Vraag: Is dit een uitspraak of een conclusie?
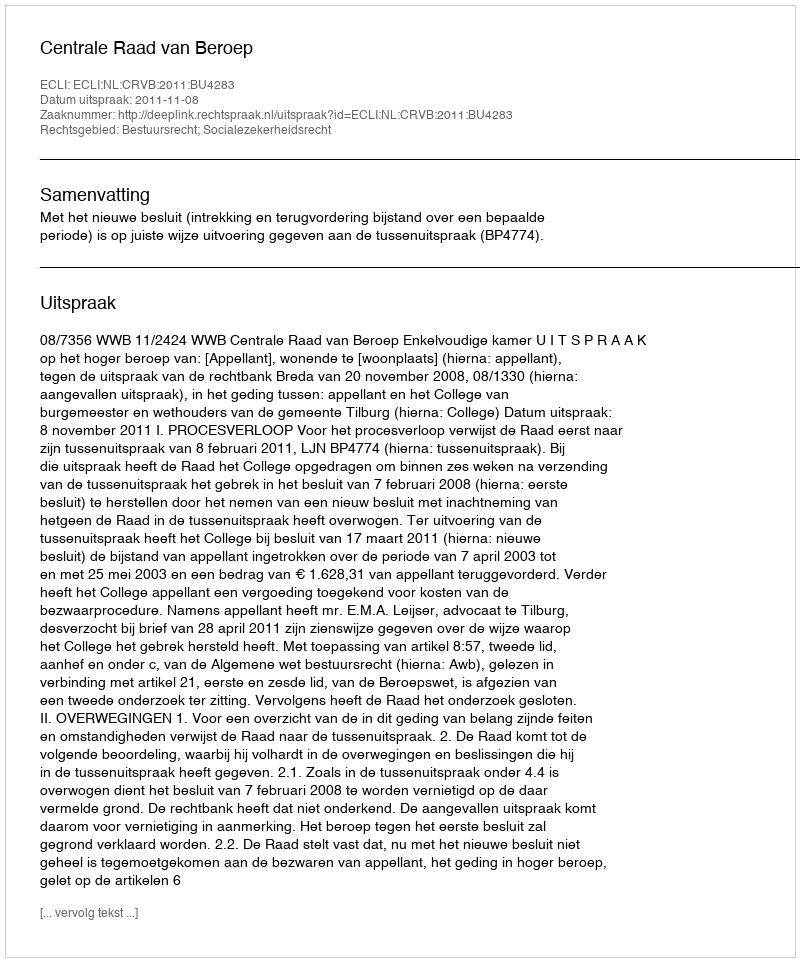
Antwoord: Uitspraak